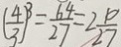
( \frac { 4 } { 3 } ) ^ { 3 } = \frac { 6 4 } { 2 7 } = 2 \frac { 1 0 } { 2 7 }